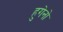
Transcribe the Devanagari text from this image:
हुगेनो